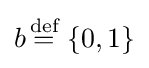
b{\overset {\text{def}}{{}={}}}\left\{0,1\right\}